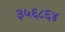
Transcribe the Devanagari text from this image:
३५६८६४